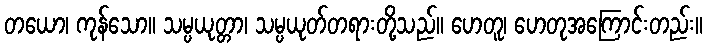
တယော၊ ကုန်သော။ သမ္ပယုတ္တာ၊ သမ္ပယုတ်တရားတို့သည်။ ဟေတူ၊ ဟေတုအကြောင်းတည်း။